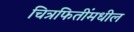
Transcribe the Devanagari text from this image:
चित्रफितींमधील